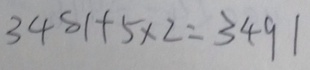
3 4 8 1 + 5 \times 2 = 3 4 9 1